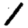
Digit: 1